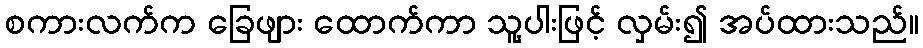
စကားလက်က ခြေဖျား ထောက်ကာ သူ့ပါးဖြင့် လှမ်း၍ အပ်ထားသည်။